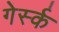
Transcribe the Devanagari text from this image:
गेर्स्क